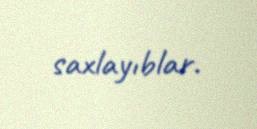
saxlayıblar.